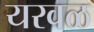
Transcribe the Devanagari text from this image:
यरवळ